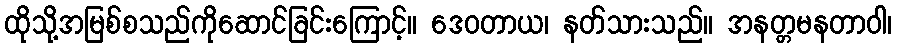
ထိုသို့အမြစ်စသည်ကိုဆောင်ခြင်းကြောင့်။ ဒေဝတာယ၊ နတ်သားသည်။ အနတ္တမနတာဝါ၊